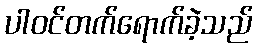
ပါဝင်တက်ရောက်ခဲ့သည်